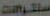
سنتراست